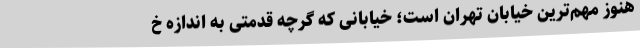
هنوز مهم‌ترین خیابان تهران است؛ خیابانی که گرچه قدمتی به اندازه خ